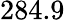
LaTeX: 284.9